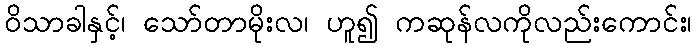
ဝိသာခါနှင့်၊ သော်တာမိုးလ၊ ဟူ၍ ကဆုန်လကိုလည်းကောင်း၊